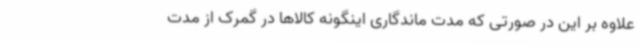
علاوه بر این در صورتی که مدت ماندگاری اینگونه کالاها در گمرک از مدت